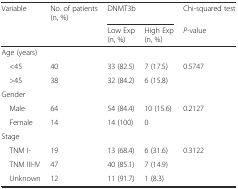
| Variable | No. of patients (n, %) | <COLSPAN=2> DNMT3b | Chi-squared test |
 |  |  | Low Exp (n, %) | High Exp (n, %) | P-value |
 | --- | --- | --- | --- | --- |
 | Age (years) |  |  |  |  |
 | <45 | 40 | 33 (82.5) | 7 (17.5) | 0.5747 |
 | >45 | 38 | 32 (84.2) | 6 (15.8) |  |
 | Gender |  |  |  |  |
 | Male | 64 | 54 (84.4) | 10 (15.6) | 0.2127 |
 | Female | 14 | 14 (100) | 0 |  |
 | Stage |  |  |  |  |
 | TNM I- | 19 | 13 (68.4) | 6 (31.6) | 0.3122 |
 | TNM III-IV | 47 | 40 (85.1) | 7 (14.9) |  |
 | Unknown | 12 | 11 (91.7) | 1 (8.3) |  |